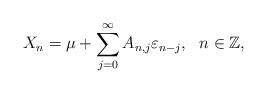
LaTeX: \begin{align*}X_{n}=\mu+\sum \limits_{j =0 }^\infty{A_{n,j}\varepsilon_{n-j}}, \ \ n\in\mathbb{Z},\end{align*}